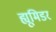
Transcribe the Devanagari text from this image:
ह्यूमिडर